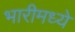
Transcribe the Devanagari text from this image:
भारीमध्ये